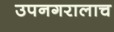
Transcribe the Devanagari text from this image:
उपनगरालाच